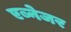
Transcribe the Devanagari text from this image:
एब्नेजर